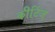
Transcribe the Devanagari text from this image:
कीटिंज